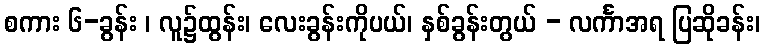
စကား ၆-ခွန်း ၊ လူ၌ထွန်း၊ လေးခွန်းကိုပယ်၊ နှစ်ခွန်းတွယ် - လင်္ကာအရ ပြဆိုခန်း၊